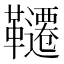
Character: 韆